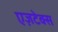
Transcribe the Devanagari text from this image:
एज़टेक्स